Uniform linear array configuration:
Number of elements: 16
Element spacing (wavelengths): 0.5
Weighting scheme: exponential
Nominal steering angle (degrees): -60
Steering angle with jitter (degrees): -60.747
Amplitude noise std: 0.05
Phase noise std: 0.05

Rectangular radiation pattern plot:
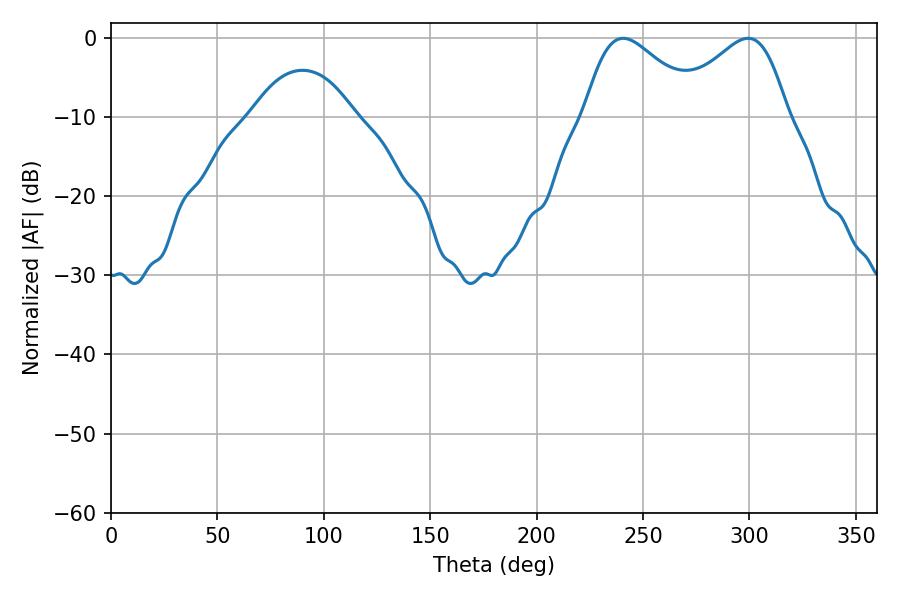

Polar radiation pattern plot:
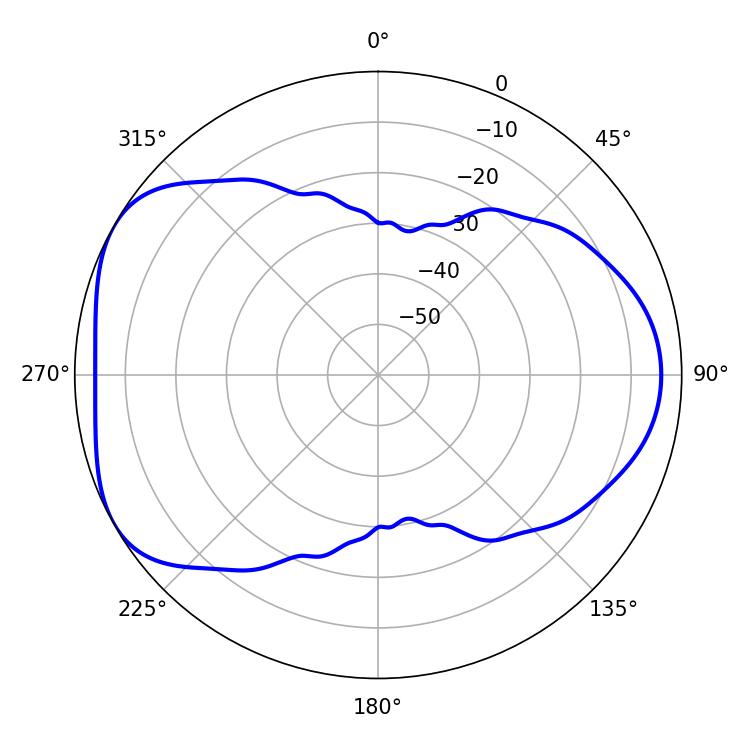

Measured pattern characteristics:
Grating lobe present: FALSE
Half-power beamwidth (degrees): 28.8
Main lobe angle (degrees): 240.66